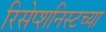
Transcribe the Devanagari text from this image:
रिसेप्शनिस्टच्या